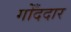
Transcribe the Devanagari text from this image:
गोँददार